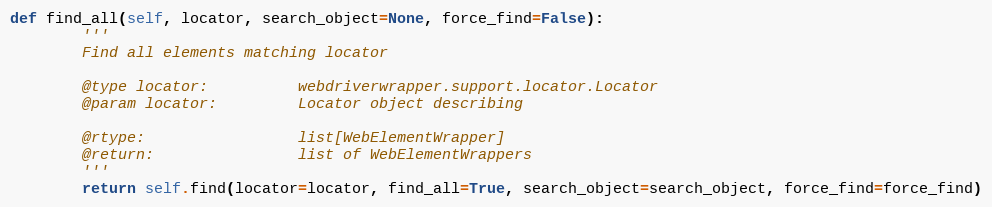
Language: Python
def find_all(self, locator, search_object=None, force_find=False):
        '''
        Find all elements matching locator

        @type locator:          webdriverwrapper.support.locator.Locator
        @param locator:         Locator object describing

        @rtype:                 list[WebElementWrapper]
        @return:                list of WebElementWrappers
        '''
        return self.find(locator=locator, find_all=True, search_object=search_object, force_find=force_find)